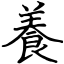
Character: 養